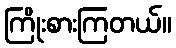
ကြိုးစားကြတယ်။